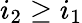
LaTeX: i_{2}\ge i_{1}